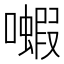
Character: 𫬗